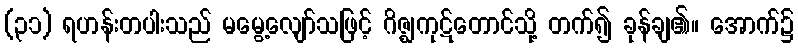
(၃၁) ရဟန်းတပါးသည် မမွေ့လျော်သဖြင့် ဂိဇ္ဈကုဋ်တောင်သို့ တက်၍ ခုန်ချ၏။ အောက်၌